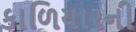
કાળિયારની